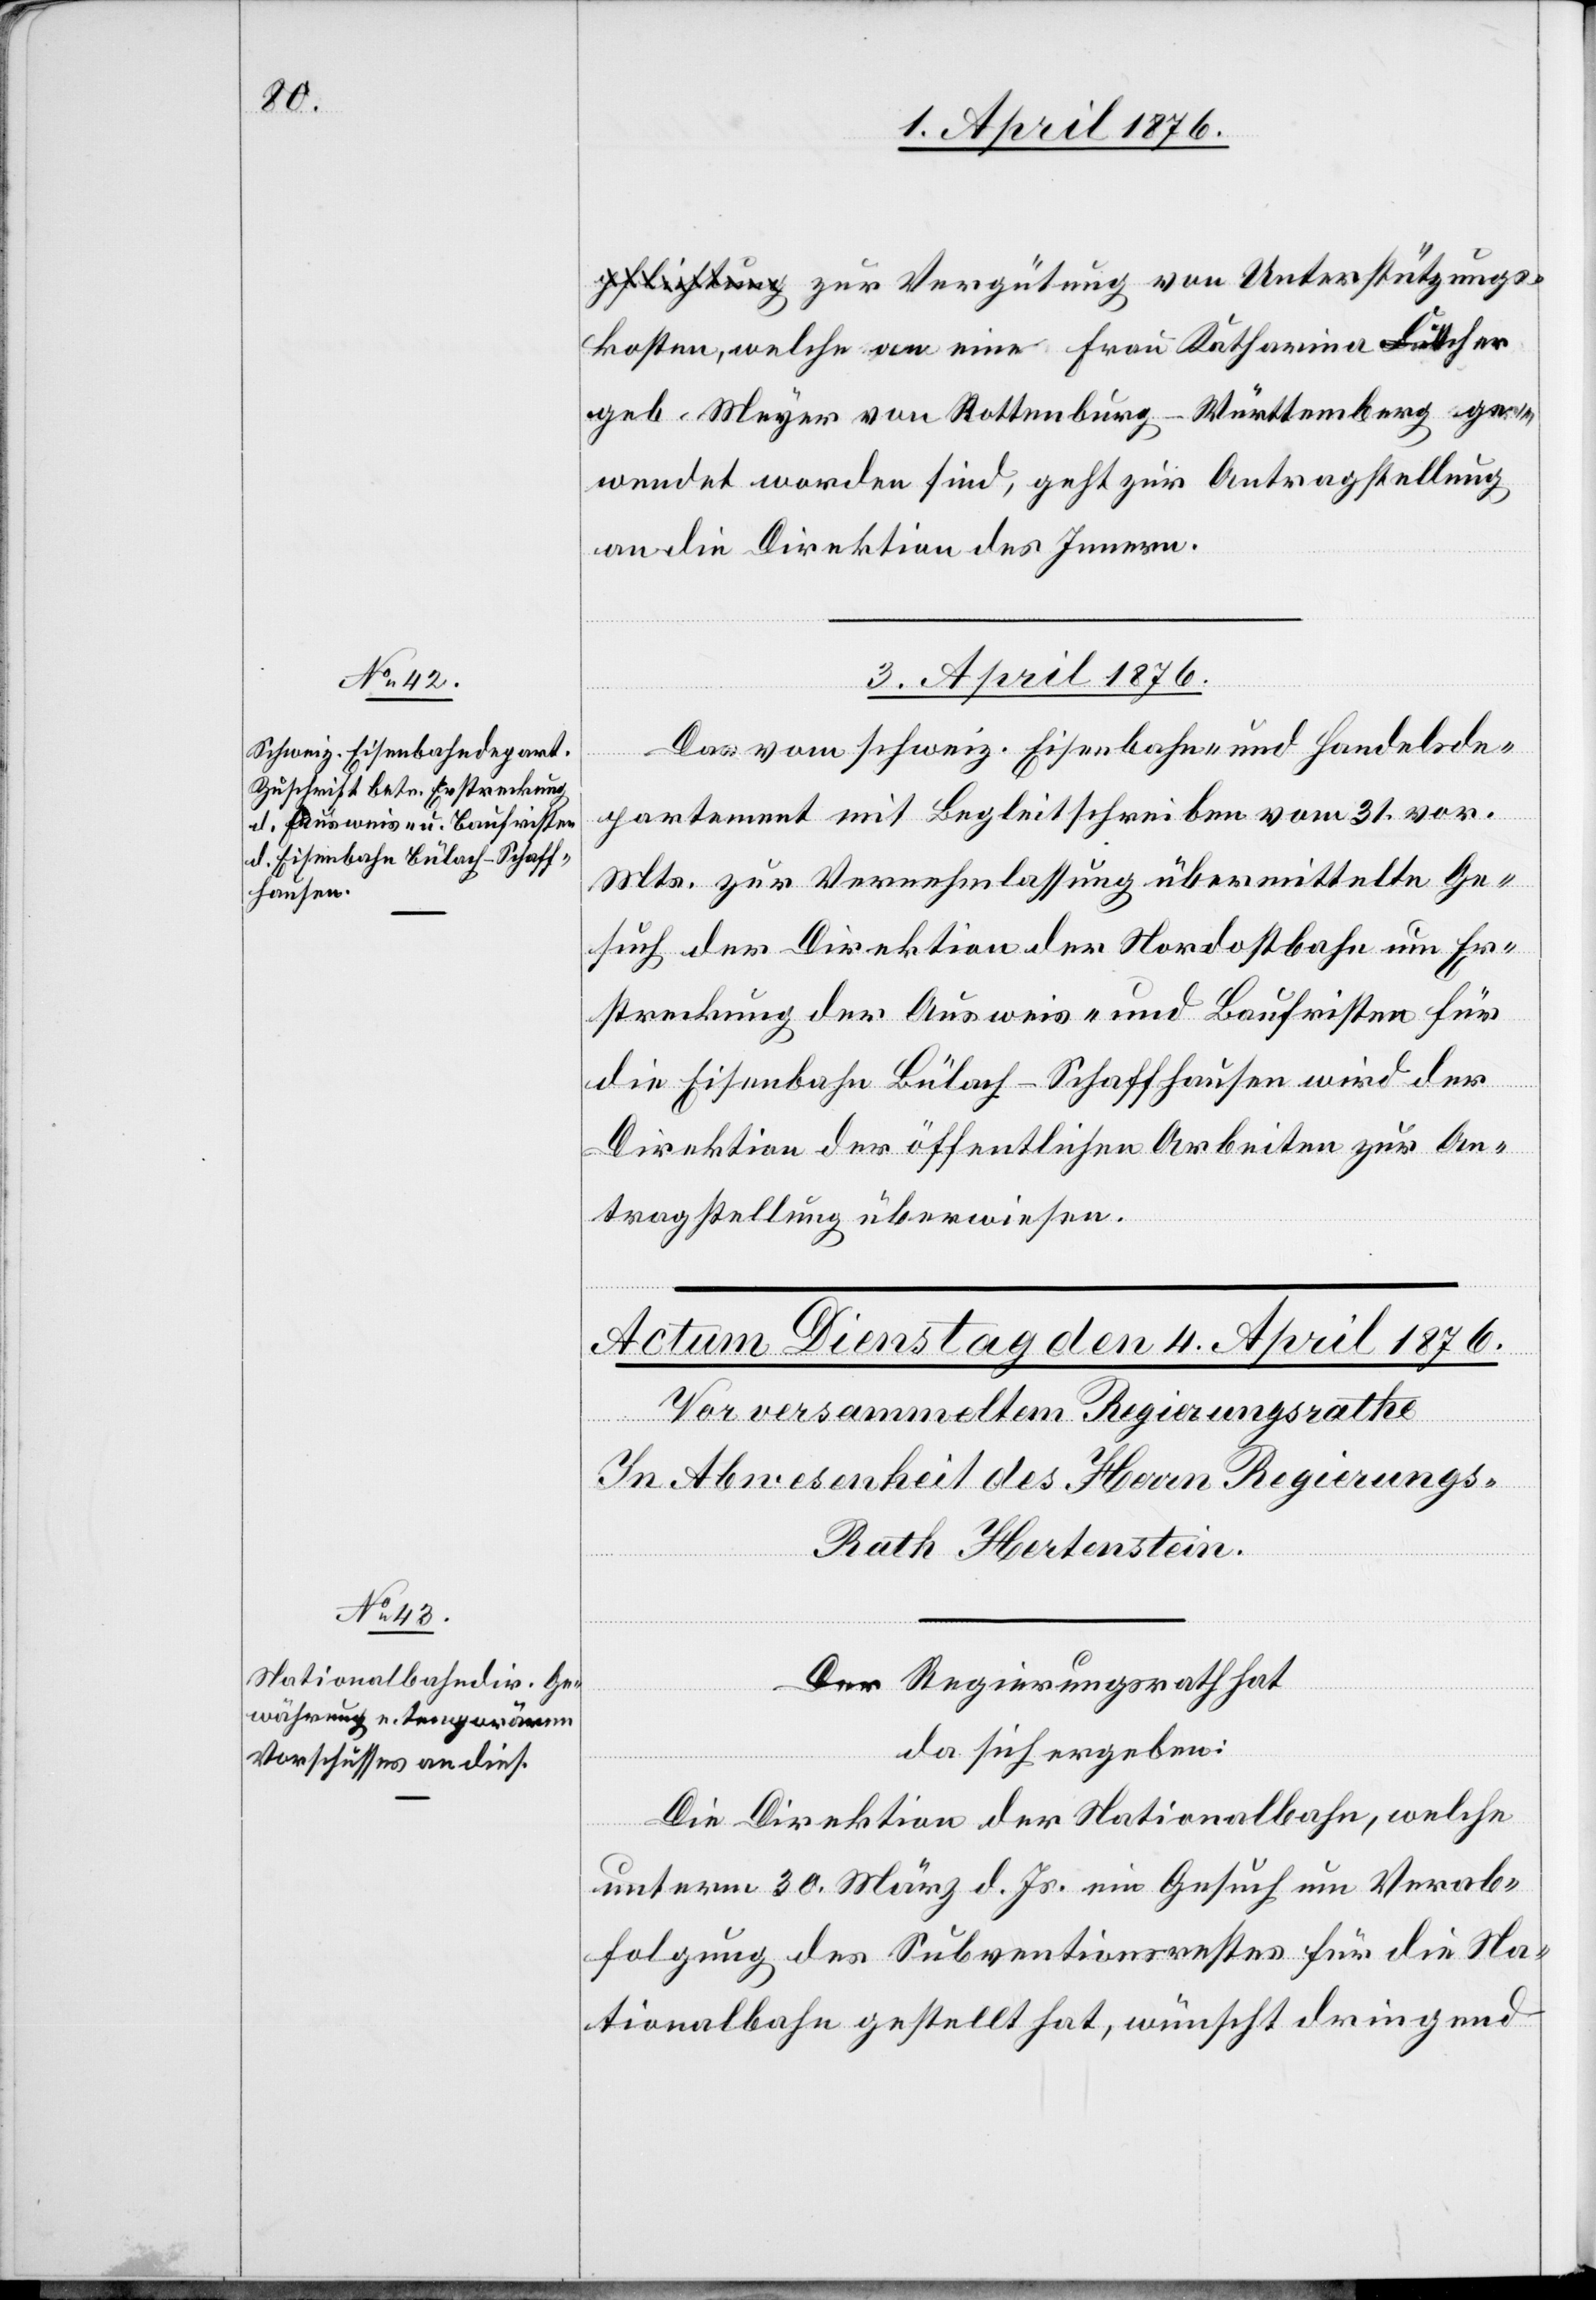
zur Vergütung von Unterstützungs¬
kosten, welche an eine Frau Katharina Lütscher
geb. Meyer [sic!] von Rottenburg-Württemberg ge¬
wendet worden sind, geht zur Antragstellung
an die Direktion des Innern.
3. April 1876.
Das vom schweiz. Eisenbahn- und Handelsde¬
partement mit Begleitschreiben vom 31. vor.
Mts. zur Vernehmlassung übermittelte Ge¬
such der Direktion der Nordostbahn um Er¬
streckung der Ausweis- und Baufristen für
die Eisenbahn Bülach–Schaffhausen wird der
Direktion der öffentlichen Arbeiten zur An¬
tragstellung überwiesen.
Der Regierungsrath hat
da sich ergeben:
Die Direktion der Nationalbahn, welche
unterm 30. März d. Js. ein Gesuch um Verab¬
folgung des Subventionsrestes für die Na¬
tionalbahn gestellt hat, wünscht dringend